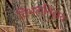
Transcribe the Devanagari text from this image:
विभागनिहाय